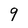
Character: 9